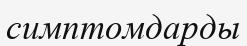
симптомдарды